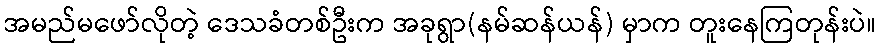
အမည်မဖော်လိုတဲ့ ဒေသခံတစ်ဦးက အခုရွာ(နမ်ဆန်ယန်) မှာက တူးနေကြတုန်းပဲ။